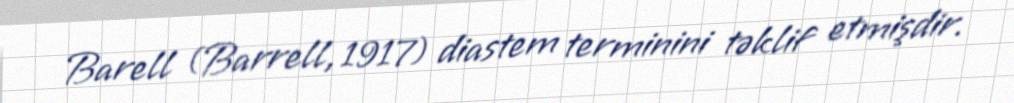
Barell (Barrell, 1917) diastem terminini təklif etmişdir.